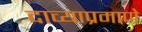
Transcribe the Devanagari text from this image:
दाव्याप्रमाणे